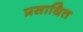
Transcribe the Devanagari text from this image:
प्रसाधित